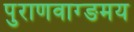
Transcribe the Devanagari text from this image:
पुराणवाग्ङमय